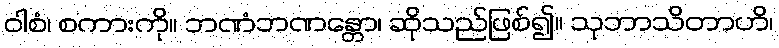
ဝါစံ၊ စကားကို။ ဘဏံဘဏန္တော၊ ဆိုသည်ဖြစ်၍။ သုဘာသိတာဟိ၊